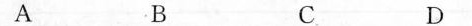
A B C D